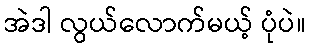
အဲဒါ လွယ်လောက်မယ့် ပုံပဲ။